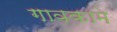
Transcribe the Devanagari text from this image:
गावकामे